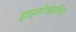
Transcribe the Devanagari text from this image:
हस्तरेखाविद